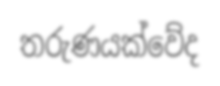
තරුණයක්වේද